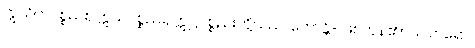
ဣသိကပစ္စည်း, ဣယပစ္စည်း, ဣဋ္ဌပစ္စည်းတို့သည်၊ ဟောန္တိ- ဖြစ်ကုန်၏။ ပါပတရော,